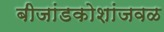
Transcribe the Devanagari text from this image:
बीजांडकोशांजवळ